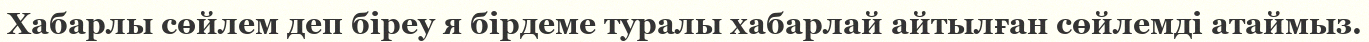
Хабарлы сөйлем деп біреу я бірдеме туралы хабарлай айтылған сөйлемді атаймыз.